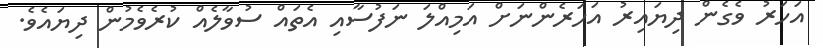
އަހަރު ވެގެން ދިޔައިރު އަހަރެންނަށް އަމިއްލަ ނަފުސާއި އެތައް ސުވާލެއް ކުރެވެމުން ދިޔައެވެ.